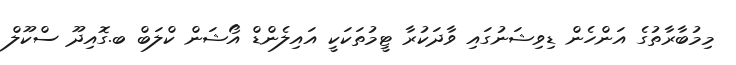
މިމުބާރާތުގެ އަންހެން ޑިވިޝަނުގައި ވާދަކުރާ ޓީމުތަކަކީ އައިލެންޑް އޯޝަން ކްލަބް ބ.ގޮއިދޫ ސްކޫލް